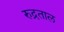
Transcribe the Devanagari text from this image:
रुद्रताल